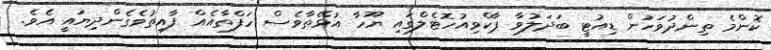
ކޮންމެ ތިންދުވަހުން ޑިއުޓީ ބަދަލުވާ ޕާކްވިއުހޮޓެލްގައި ޔޫހާ އުޅޭތާވެސް ހަފްތާއެއް ފާއިތުވެގެންދިޔައީ އެވެ.